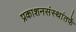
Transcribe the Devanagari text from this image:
प्रकाशनसंस्थांतर्फे